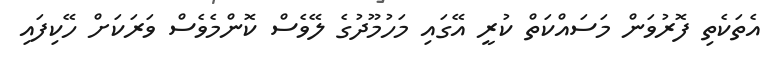
އެތަކެތި ފޮރުވަން މަސައްކަތް ކުރީ އޭގައި މަހުމޫދުގެ ލޭވެސް ކޮންމެވެސް ވަރަކަށް ހޭކިފައި